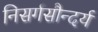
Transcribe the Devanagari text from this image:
निसर्गसौन्दर्य